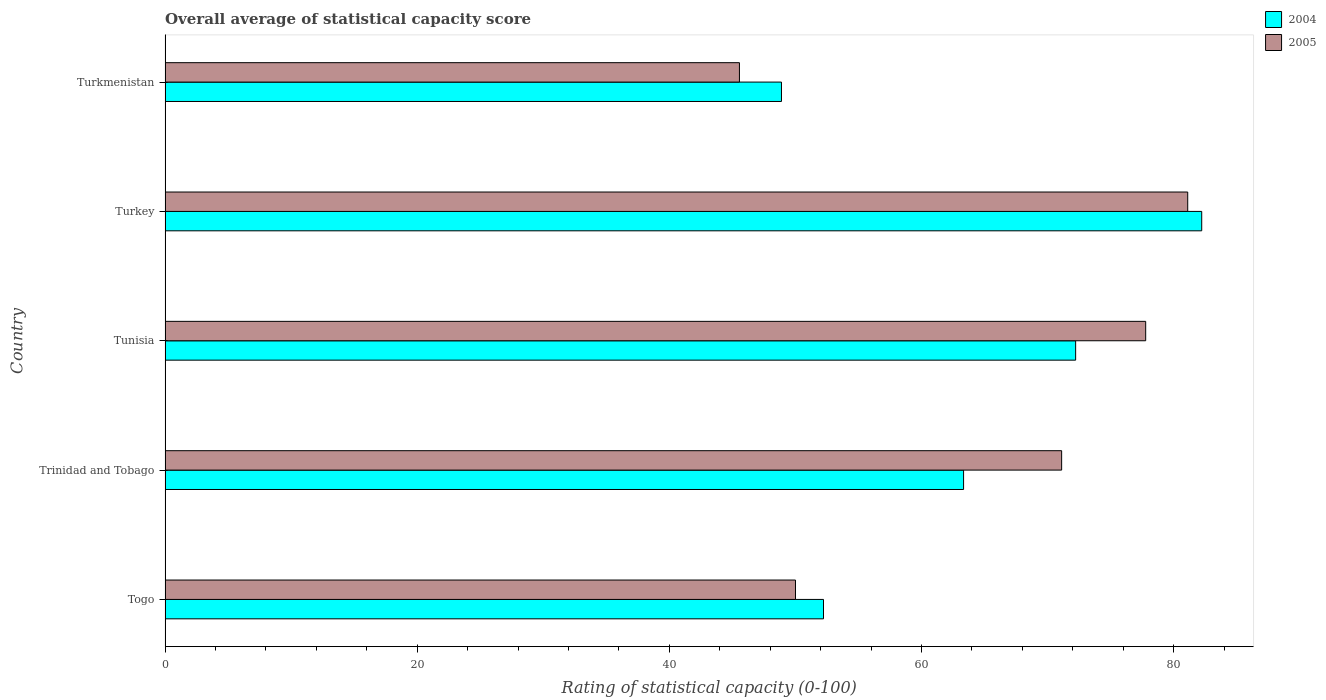
| Country | 2004 | 2005 |
 | --- | --- | --- |
 | Togo | 52.2 | 50 |
 | Trinidad and Tobago | 63.3 | 71.1 |
 | Tunisia | 72.2 | 77.8 |
 | Turkey | 82.2 | 81.1 |
 | Turkmenistan | 48.9 | 45.6 |